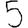
Digit: 5